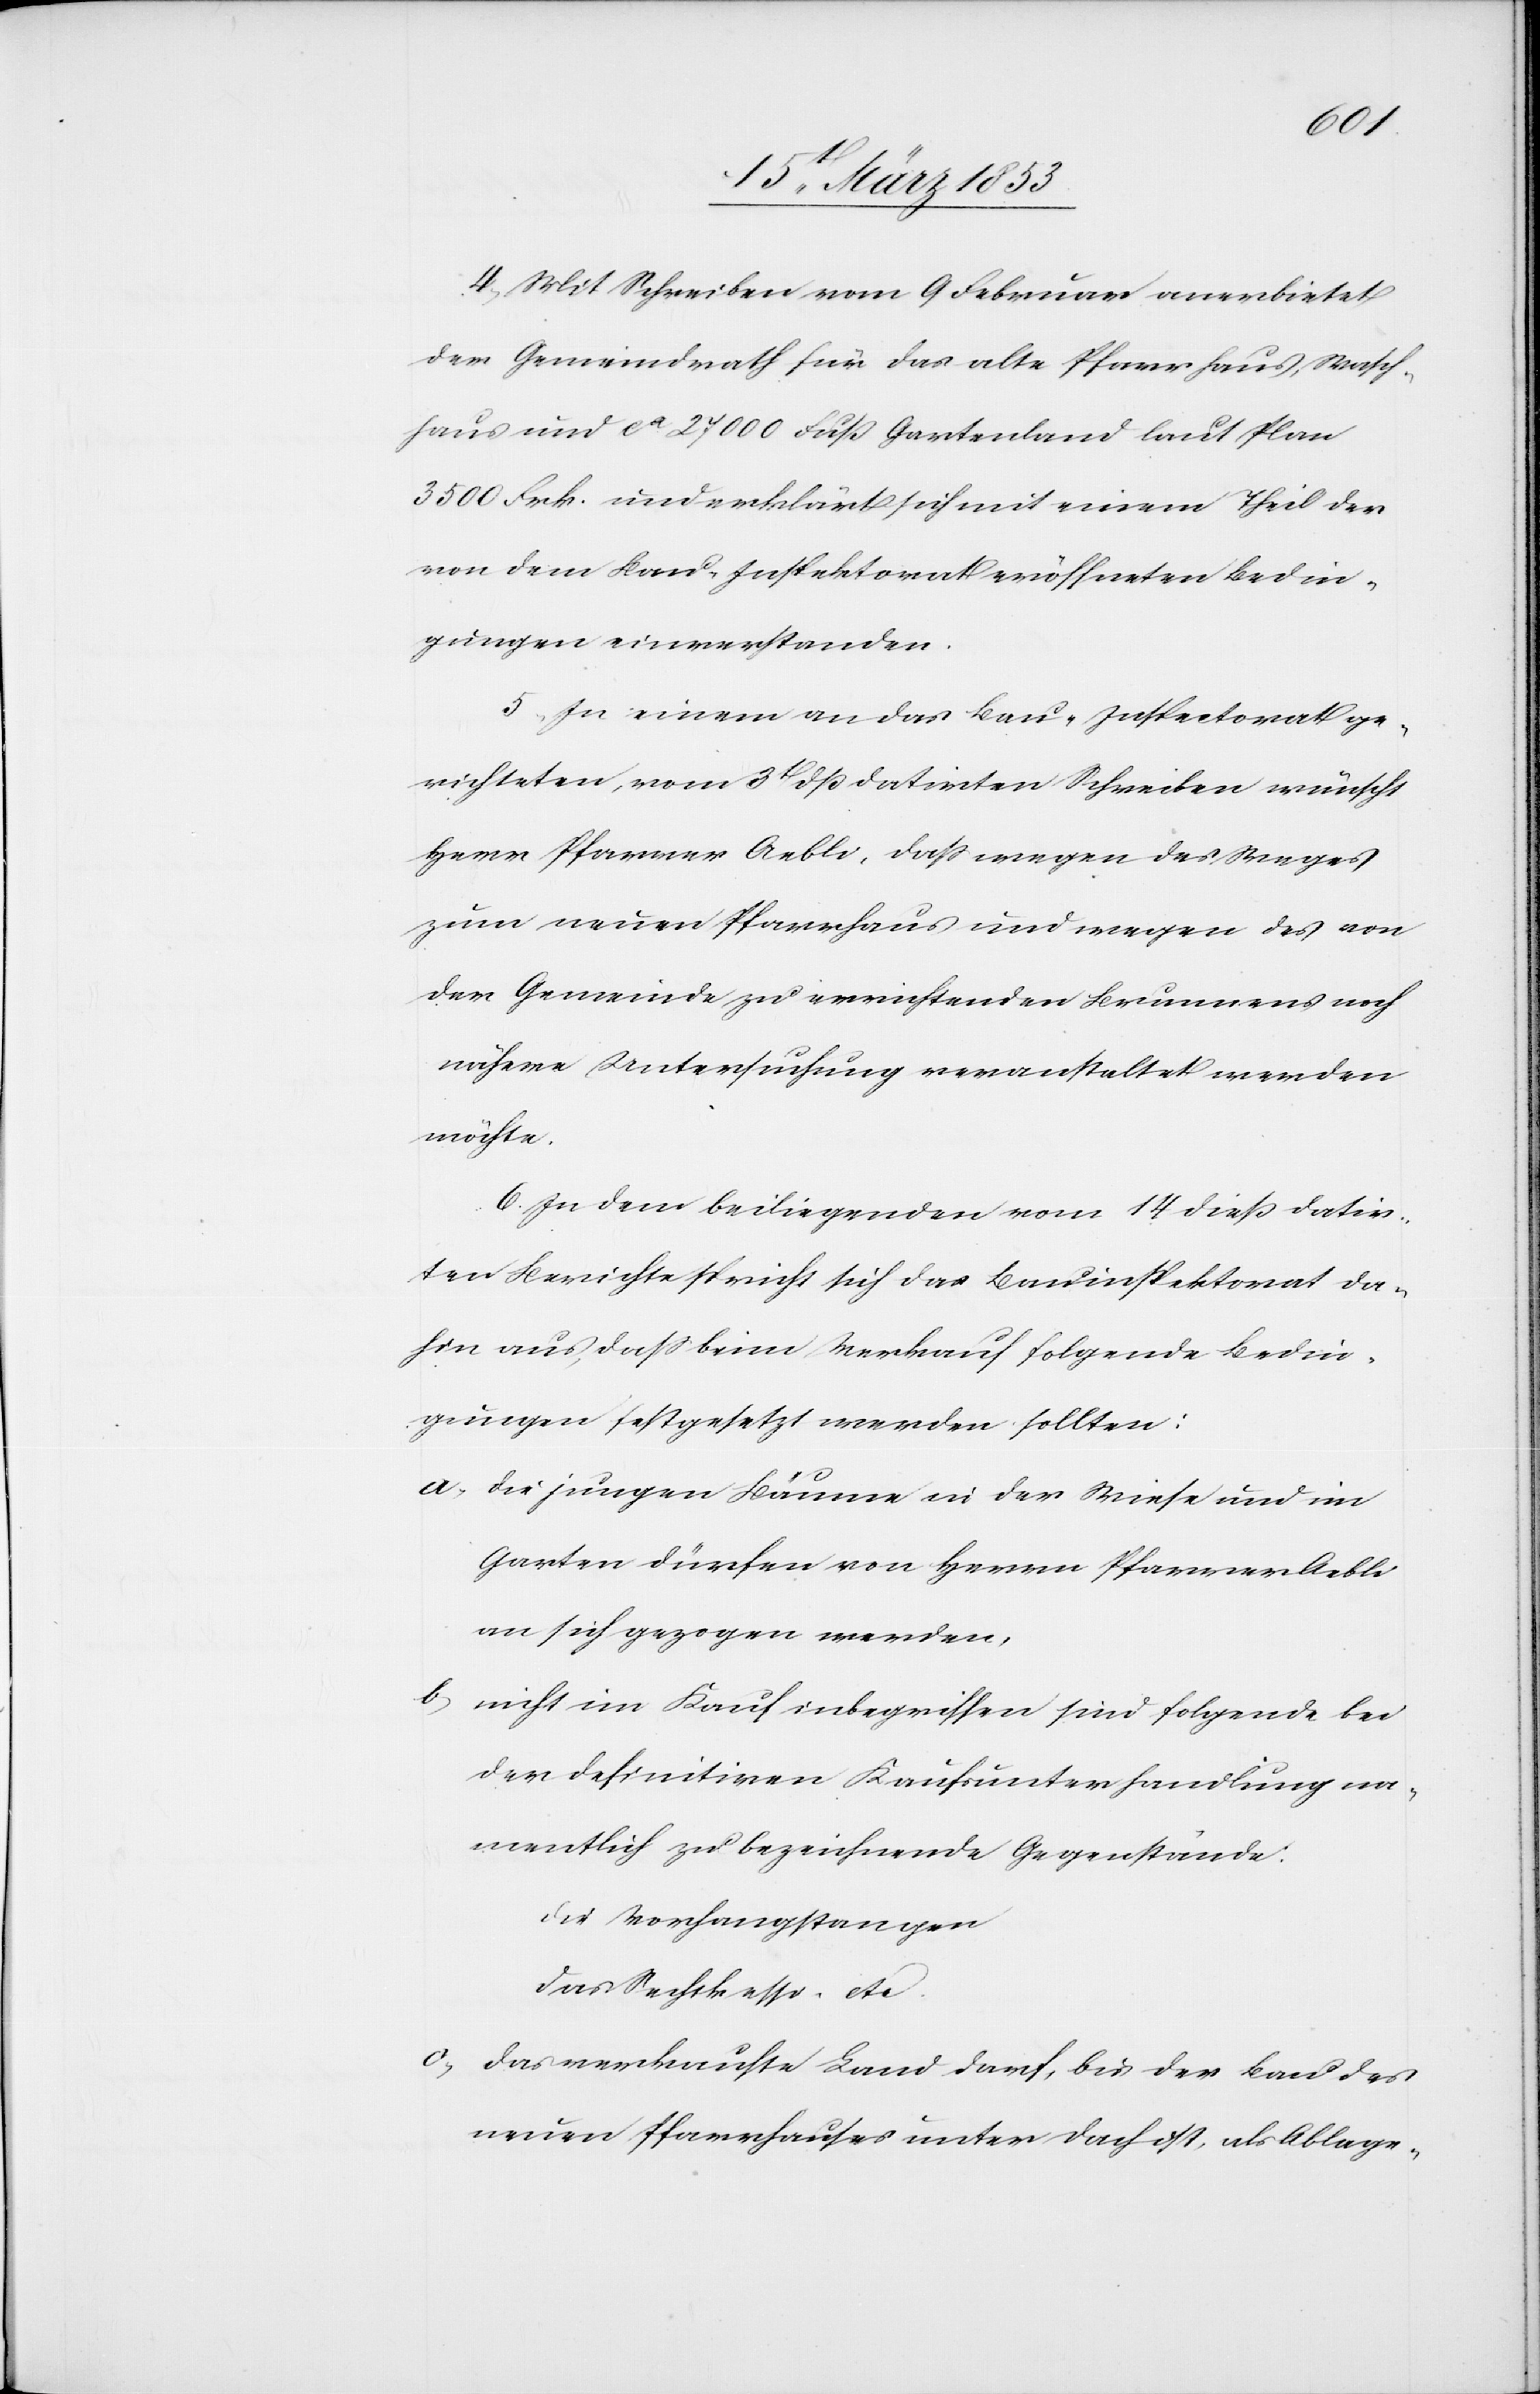
4, Mit Schreiben vom 9 Februar anerbietet
der Gemeindrath für das alte Pfarrhaus, Wasch¬
haus und ca 27000 Fuß Gartenland laut Plan
3500 Frk. und erklärt sich mit einem Theil der
von dem Bau-Inspektorat eröffneten Bedin¬
gungen einverstanden.
5, In einem an das Bau-Inspektorat ge¬
richteten, vom 3t. datirten Schreiben wünscht
Herr Pfarrer Aebli, daß wegen des Weges
zum neuen Pfarrhaus und wegen des von
der Gemeinde zu errichtenden Brunnens noch
nähere Untersuchung veranstaltet werden
möchte.
6. In dem beiliegenden vom 14 dieß datir¬
ten Berichte spricht sich das Bauinspektorat da¬
hin aus, daß beim Verkauf folgende Bedin¬
gungen festgesetzt werden sollten:
a, die jungen Bäume in der Wiese und im
Garten dürfen von Herrn Pfarrer Aebli
an sich gezogen werden,
b,
nicht im Kauf inbegriffen sind folgende bei
der definitiven Kaufsunterhandlung na¬
mentlich zu bezeichnende Gegenstände:
die Vorhangstangen
das Sechskesse? etc.
c, das verkaufte Land darf, bis der Bau des
neuen Pfarrhauses unter Dach ist, als Ablage-